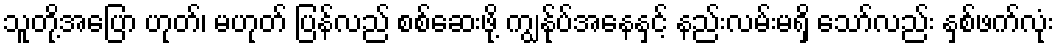
သူတို့အပြော ဟုတ်၊ မဟုတ် ပြန်လည် စစ်ဆေးဖို့ ကျွန်ုပ်အနေနှင့် နည်းလမ်းမရှိ သော်လည်း နှစ်ဖက်လုံး